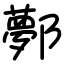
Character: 鄸